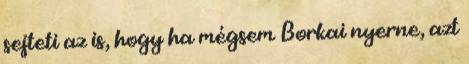
sejteti az is, hogy ha mégsem Borkai nyerne, azt